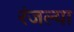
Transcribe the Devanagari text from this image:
रंजल्या